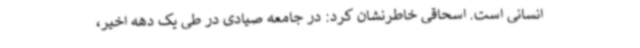
انسانی است. اسحاقی خاطرنشان کرد: در جامعه صیادی در طی یک دهه اخیر،